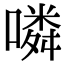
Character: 噒